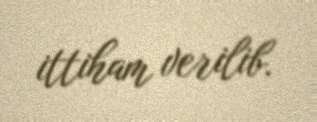
ittiham verilib.